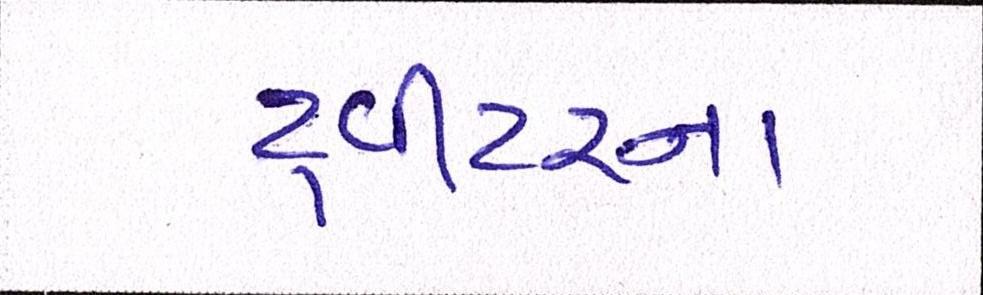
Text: ટ્વીટરના